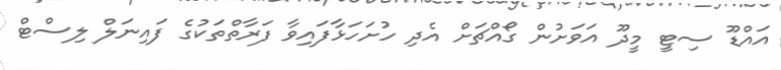
އައްޑޫ ސިޓީ މީދޫ އަވަށުން ގޯއްޗަށް އެދި ހުށަހަޅާފައިވާ ފަރާތްތަކުގެ ފައިނަލް ލިސްޓް